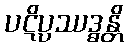
ပဋိပ္ပဿဒ္ဓန္တိ